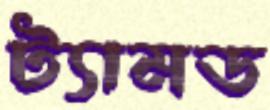
ট্যামড